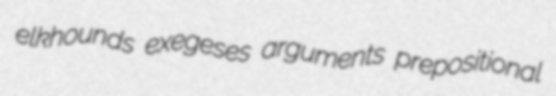
elkhounds exegeses arguments prepositional